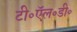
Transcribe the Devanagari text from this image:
टी॰ऍल॰डी॰